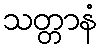
သတ္တာနံ